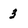
Character: 3